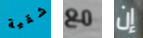
شقية مع إن